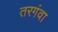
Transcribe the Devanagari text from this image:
तरगंवा